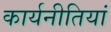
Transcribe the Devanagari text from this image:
कार्यनीतियां